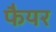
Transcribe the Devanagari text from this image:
फैयर